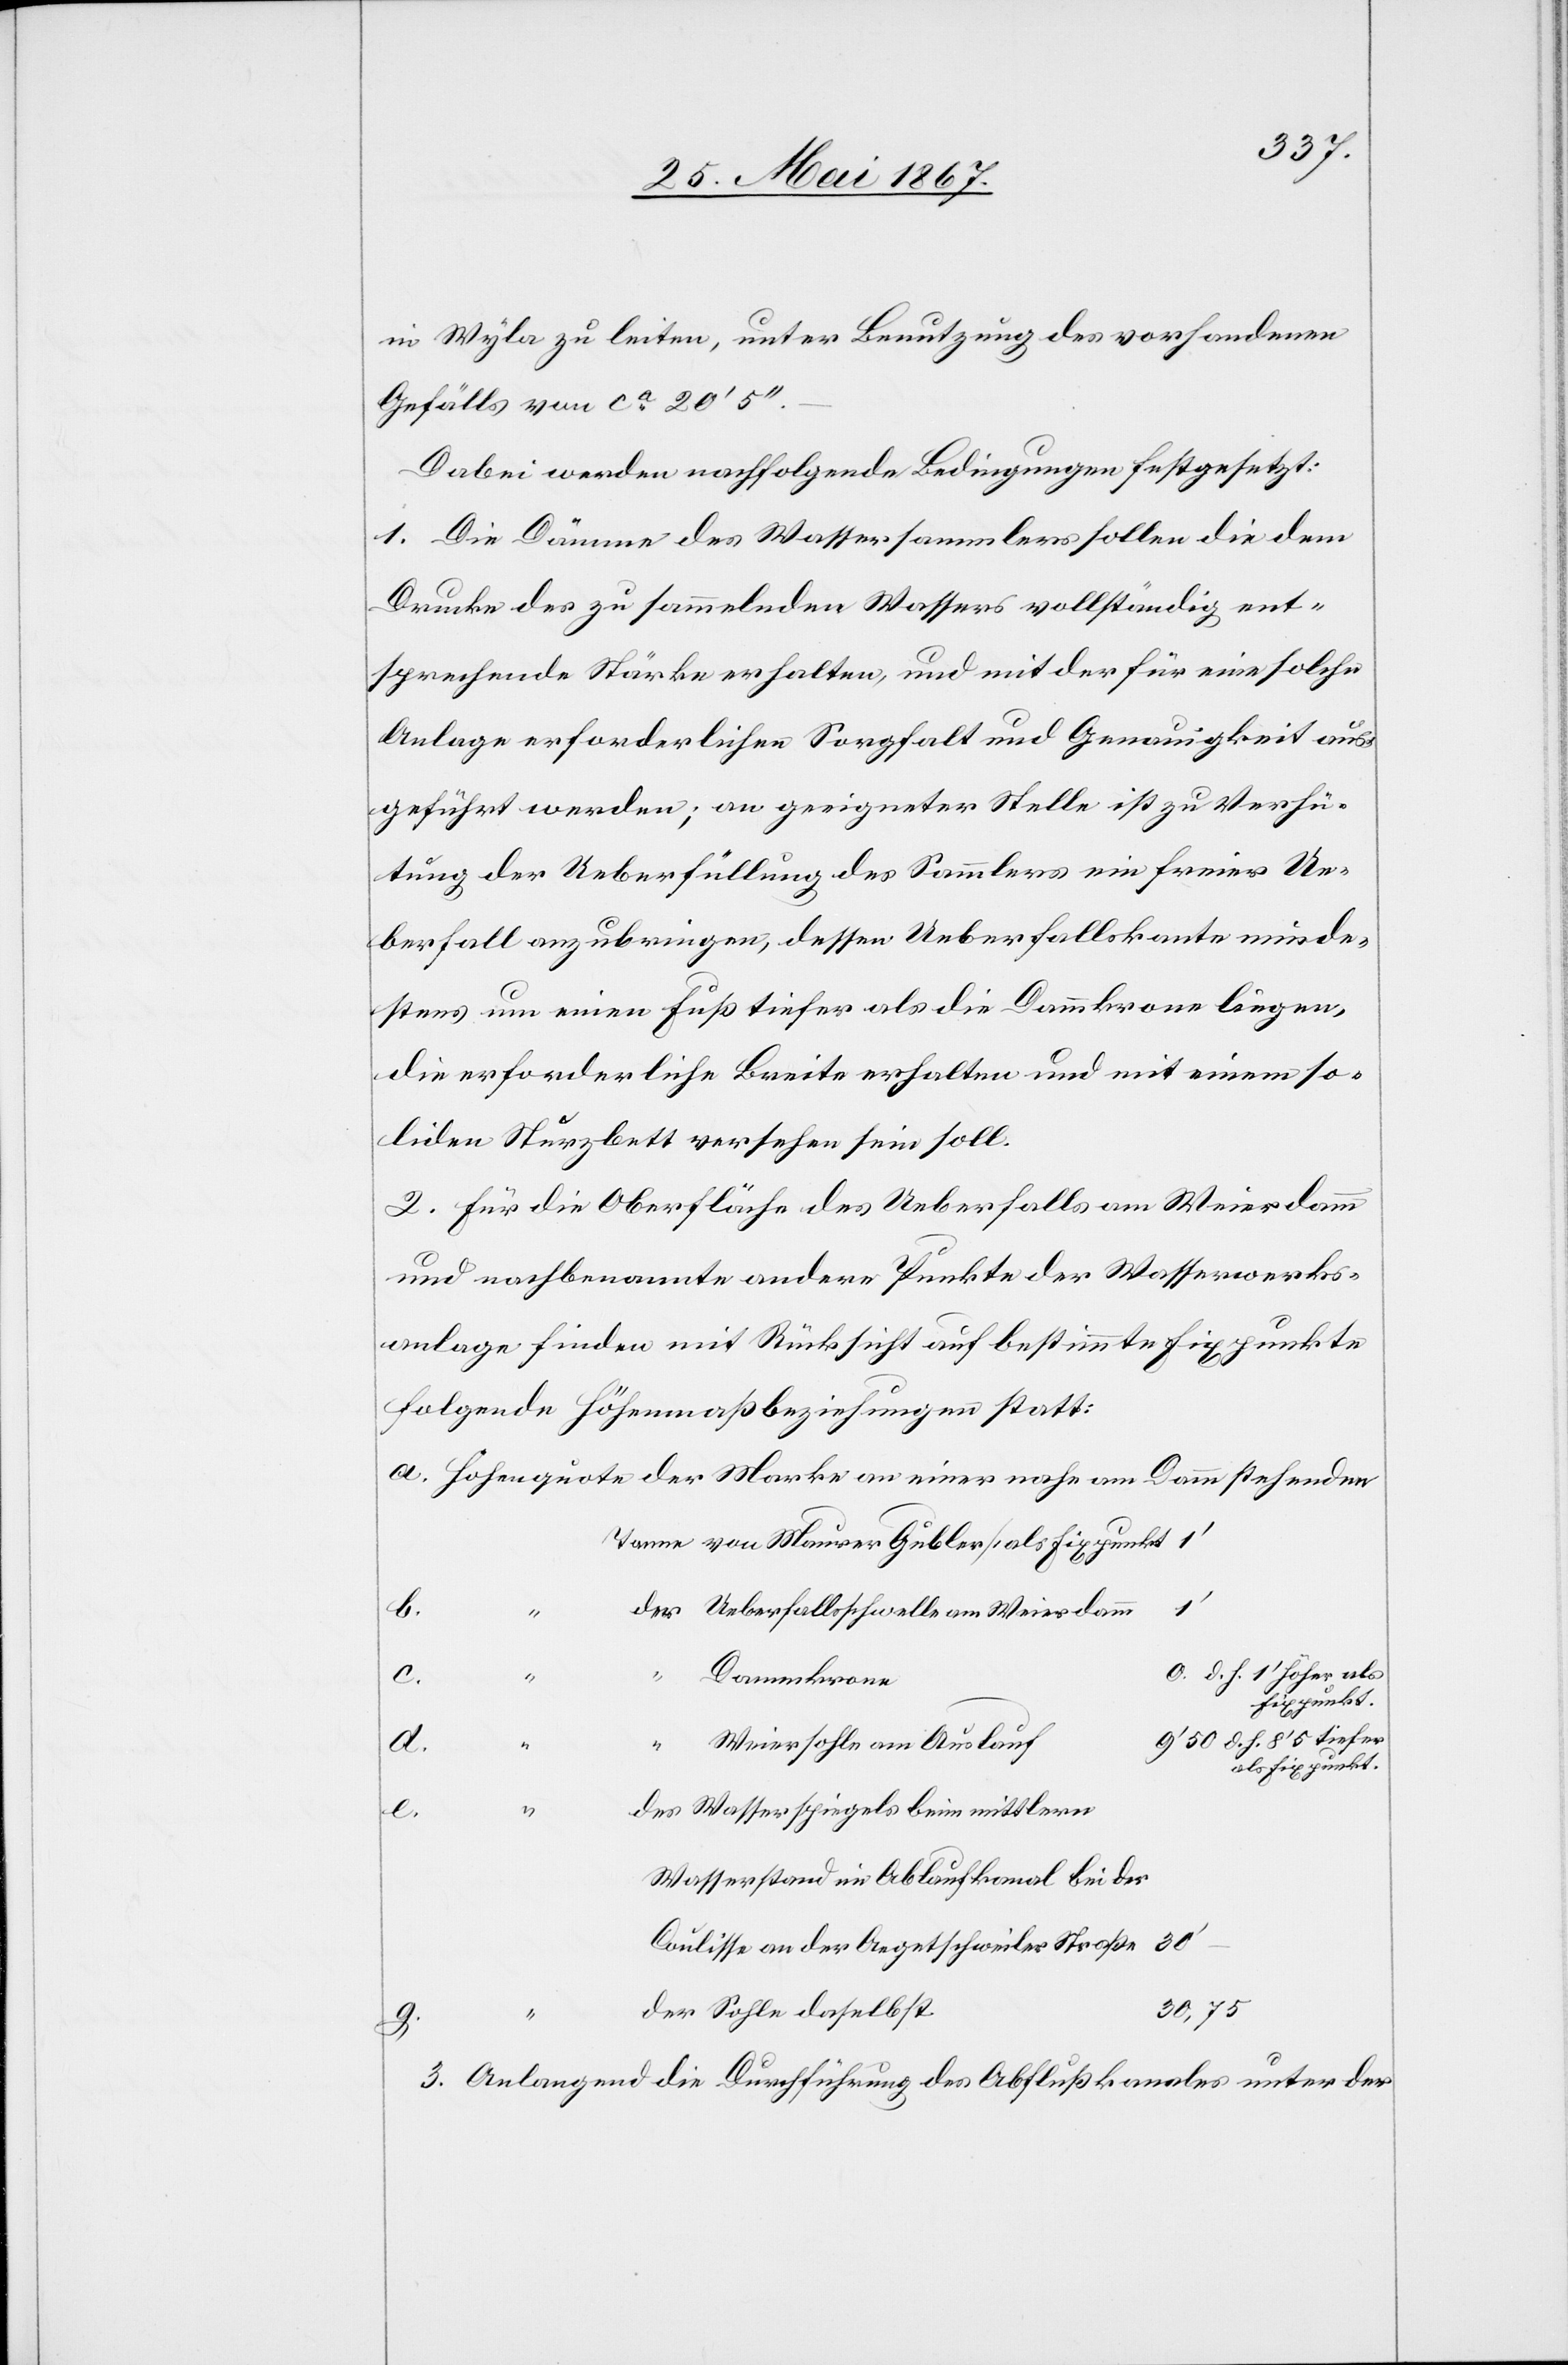
in Wyla zu leiten, unter Benutzung des vorhandenen
Gefälls von ca. 20’ 5’’.
Dabei werden nachfolgende Bedingungen festgesetzt:
1. Die Dämme des Wassersammlers sollen die dem
Drucke des zu sammelnden Wassers vollständig ent¬
sprechende Stärke erhalten, und mit der für eine solche
Anlage erforderlichen Sorgfalt und Genauigkeit aus¬
geführt werden; an geeigneter Stelle ist zu Verhü¬
tung der Ueberfüllung des Sammlers ein freier Ue¬
berfall anzubringen, dessen Ueberfallskante minde¬
stens um einen Fuß tiefer als die Dammkrone liegen,
die erforderliche Breite erhalten und mit einem so¬
liden Sturzbett versehen sein soll.
2. Für die Oberfläche des Ueberfalls am Weierdamm
und nachbenannte andere Punkte der Wasserwerks¬
anlage finden mit Rücksicht auf bestimmte Fixpunkte
folgende Höhenmaßbeziehungen statt:
Tanne von Maurer Gubler / als Fixpunkt
Ueberfallsschwelle am Weierdamm
1’
c.
0. d. h. 1’ höher als
Dammkrone
a.
Fixpunkt.
6’50 d. h. 8’5 tiefer
Weiersohle am Auslauf
als Fixpunkt
Wasserspiegels beim mittleren
d.
Wasserstand im Ablaufkanal bei der
Coulisse an der Aegetschweiler Straße
30,75
–
g.
3. Anlangend die Durchführung des Abflußkanales unter der